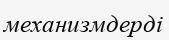
механизмдерді